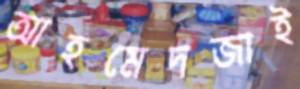
আহমেদজাই